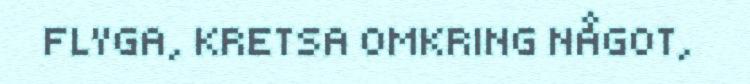
FLYGA, KRETSA OMKRING NÅGOT,